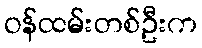
ဝန်ထမ်းတစ်ဦးက